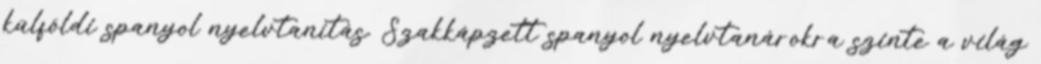
külföldi spanyol nyelvtanítás. Szakkápzett spanyol nyelvtanárokra szinte a világ